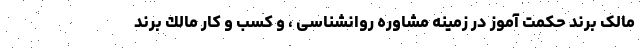
مالک برند حکمت آموز در زمینه مشاوره روانشناسی ، و کسب و کار مالك برند